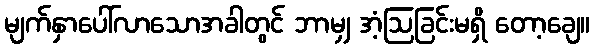
မျက်နှာပေါ်လာသောအခါတွင် ဘာမျှ အံ့ဩခြင်းမရှိ တော့ချေ။